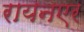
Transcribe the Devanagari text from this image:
रायनएर